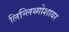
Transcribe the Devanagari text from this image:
लिन्लिथ्गोशायर